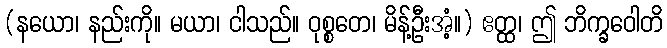
(နယော၊ နည်းကို။ မယာ၊ ငါသည်။ ဝုစ္စတေ၊ မိန့်ဦးအံ့။) ဧတ္ထ၊ ဤ ဘိက္ခဝေါတိ